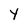
Character: Y